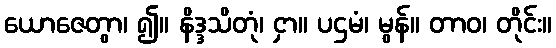
ယောဇေတွာ၊ ၍။ နိဒ္ဒသိတုံ၊ ငှာ။ ပဌမံ၊ မွန်။ တာဝ၊ တိုင်း။